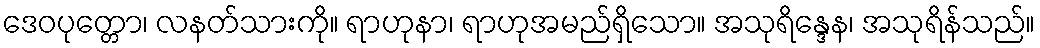
ဒေဝပုတ္တော၊ လနတ်သားကို။ ရာဟုနာ၊ ရာဟုအမည်ရှိသော။ အသုရိန္ဒေန၊ အသုရိန်သည်။